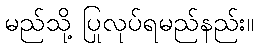
မည်သို့ ပြုလုပ်ရမည်နည်း။